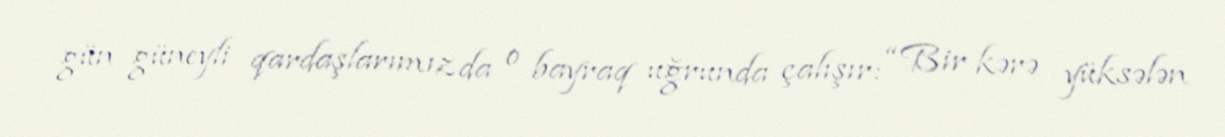
gün güneyli qardaşlarımız da o bayraq uğrunda çalışır: “Bir kərə yüksələn